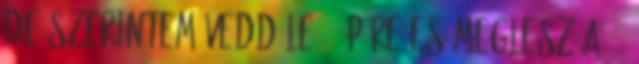
de szerintem vedd le 720p-re es meglesz a 40